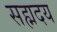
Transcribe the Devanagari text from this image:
सह्मदय